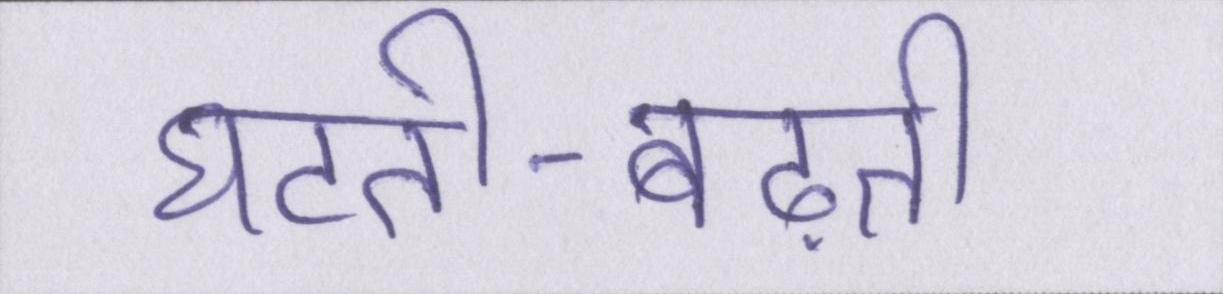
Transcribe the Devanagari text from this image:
घटती-बढ़ती